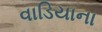
વાડિયાના